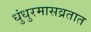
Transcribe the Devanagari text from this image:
धुंधुरमासव्रतात